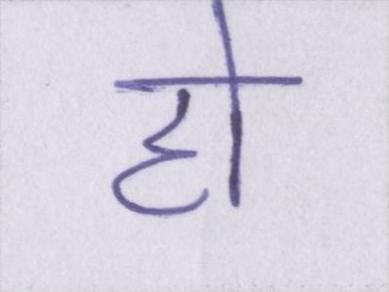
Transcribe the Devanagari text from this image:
हो